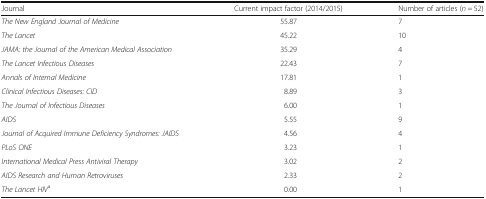
<table><thead><tr><td><b>Journal</b></td><td><b>Current impact factor (2014/2015)</b></td><td><b>Number of articles (<i>n</i> = 52)</b></td></tr></thead><tbody><tr><td><i>The New England Journal of Medicine</i></td><td>55.87</td><td>7</td></tr><tr><td><i>The Lancet</i></td><td>45.22</td><td>10</td></tr><tr><td><i>JAMA: the Journal of the American Medical Association</i></td><td>35.29</td><td>4</td></tr><tr><td><i>The Lancet Infectious Diseases</i></td><td>22.43</td><td>7</td></tr><tr><td><i>Annals of Internal Medicine</i></td><td>17.81</td><td>1</td></tr><tr><td><i>Clinical Infectious Diseases: CID</i></td><td>8.89</td><td>3</td></tr><tr><td><i>The Journal of Infectious Diseases</i></td><td>6.00</td><td>1</td></tr><tr><td><i>AIDS</i></td><td>5.55</td><td>9</td></tr><tr><td><i>Journal of Acquired Immune Deficiency Syndromes: JAIDS</i></td><td>4.56</td><td>4</td></tr><tr><td><i>PLoS ONE</i></td><td>3.23</td><td>1</td></tr><tr><td><i>International Medical Press Antiviral Therapy</i></td><td>3.02</td><td>2</td></tr><tr><td><i>AIDS Research and Human Retroviruses</i></td><td>2.33</td><td>2</td></tr><tr><td><i>The Lancet HIV</i><sup>a</sup></td><td>0.00</td><td>1</td></tr></tbody></table>